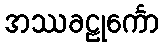
အဿခဠုင်္ကော